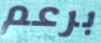
برعم